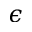
\epsilon